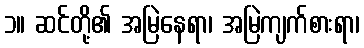
၁။ ဆင်တို့၏ အမြဲနေရာ၊ အမြဲကျက်စားရာ၊